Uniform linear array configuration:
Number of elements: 24
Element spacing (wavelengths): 0.5
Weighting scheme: hamming
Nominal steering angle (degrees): -45
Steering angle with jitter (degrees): -44.268
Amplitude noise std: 0.05
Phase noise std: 0.05

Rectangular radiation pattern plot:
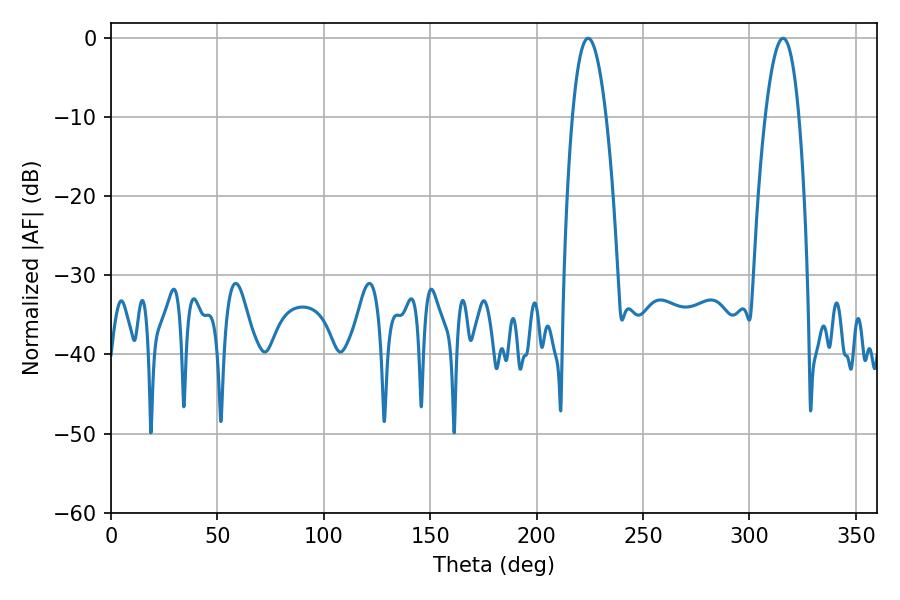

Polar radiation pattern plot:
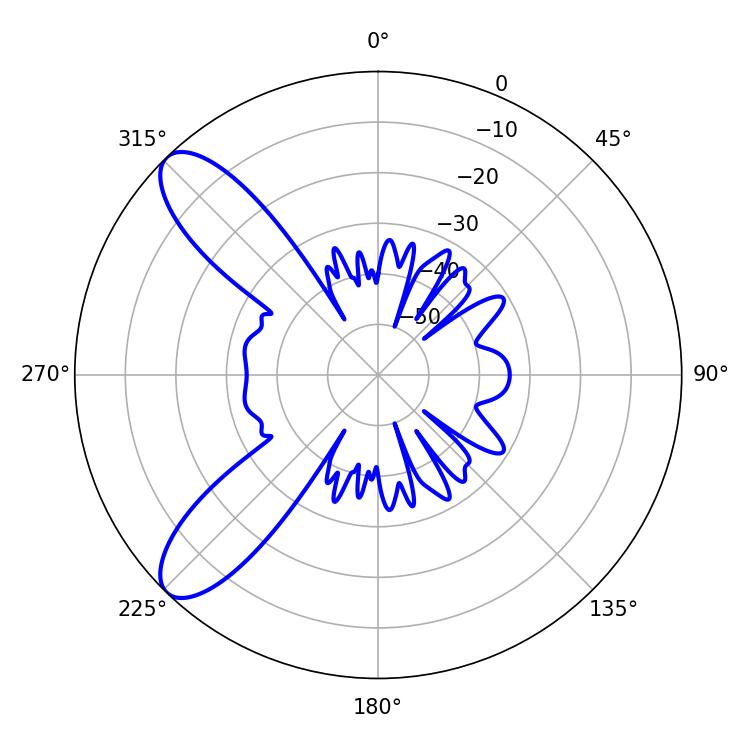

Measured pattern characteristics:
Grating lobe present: FALSE
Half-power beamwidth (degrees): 8.82
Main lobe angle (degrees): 224.28